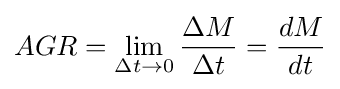
AGR=\lim _{\Delta t\to 0}{\Delta M \over \Delta t}={dM \over dt}